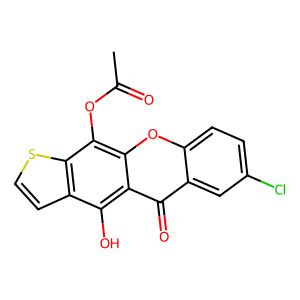
SMILES: CC(=O)Oc1c2oc3ccc(Cl)cc3c(=O)c2c(O)c2ccsc12
Inhibits HIV replication: No